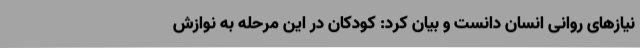
نیازهای روانی انسان دانست و بیان کرد: کودکان در این مرحله به نوازش